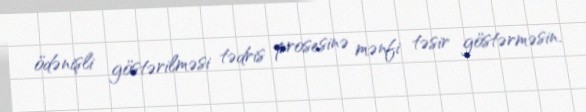
ödənişli göstərilməsi tədris prosesinə mənfi təsir göstərməsin.